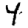
Digit: 4